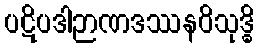
ပဋိပဒါဉာဏဒဿနဝိသုဒ္ဓိ